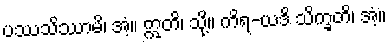
ပဿသိဿာမိ၊ အံ့။ ဣတိ၊ သို့။ ကိရ-ယဒိ သိက္ခတိ၊ အံ့။